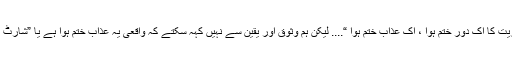
” نام نہاد جمہوریت کا اک دور ختم ہوا ، اک عذاب ختم ہوا “.... لیکن ہم وثوق اور یقین سے نہیں کہہ سکتے کہ واقعی یہ عذاب ختم ہوا ہے یا ”شارٹ بریک“ آئی ہے؟